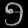
Digit: ၅